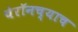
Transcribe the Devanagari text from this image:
चेरॉनच्याच